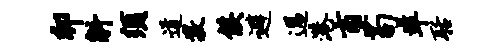
卯斛须道敬侯避过港商苟准聒